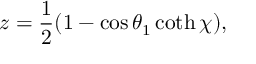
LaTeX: z = \frac { 1 } { 2 } ( 1 - \cos \theta _ { 1 } \coth \chi ) ,